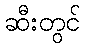
ဆီးတွင်